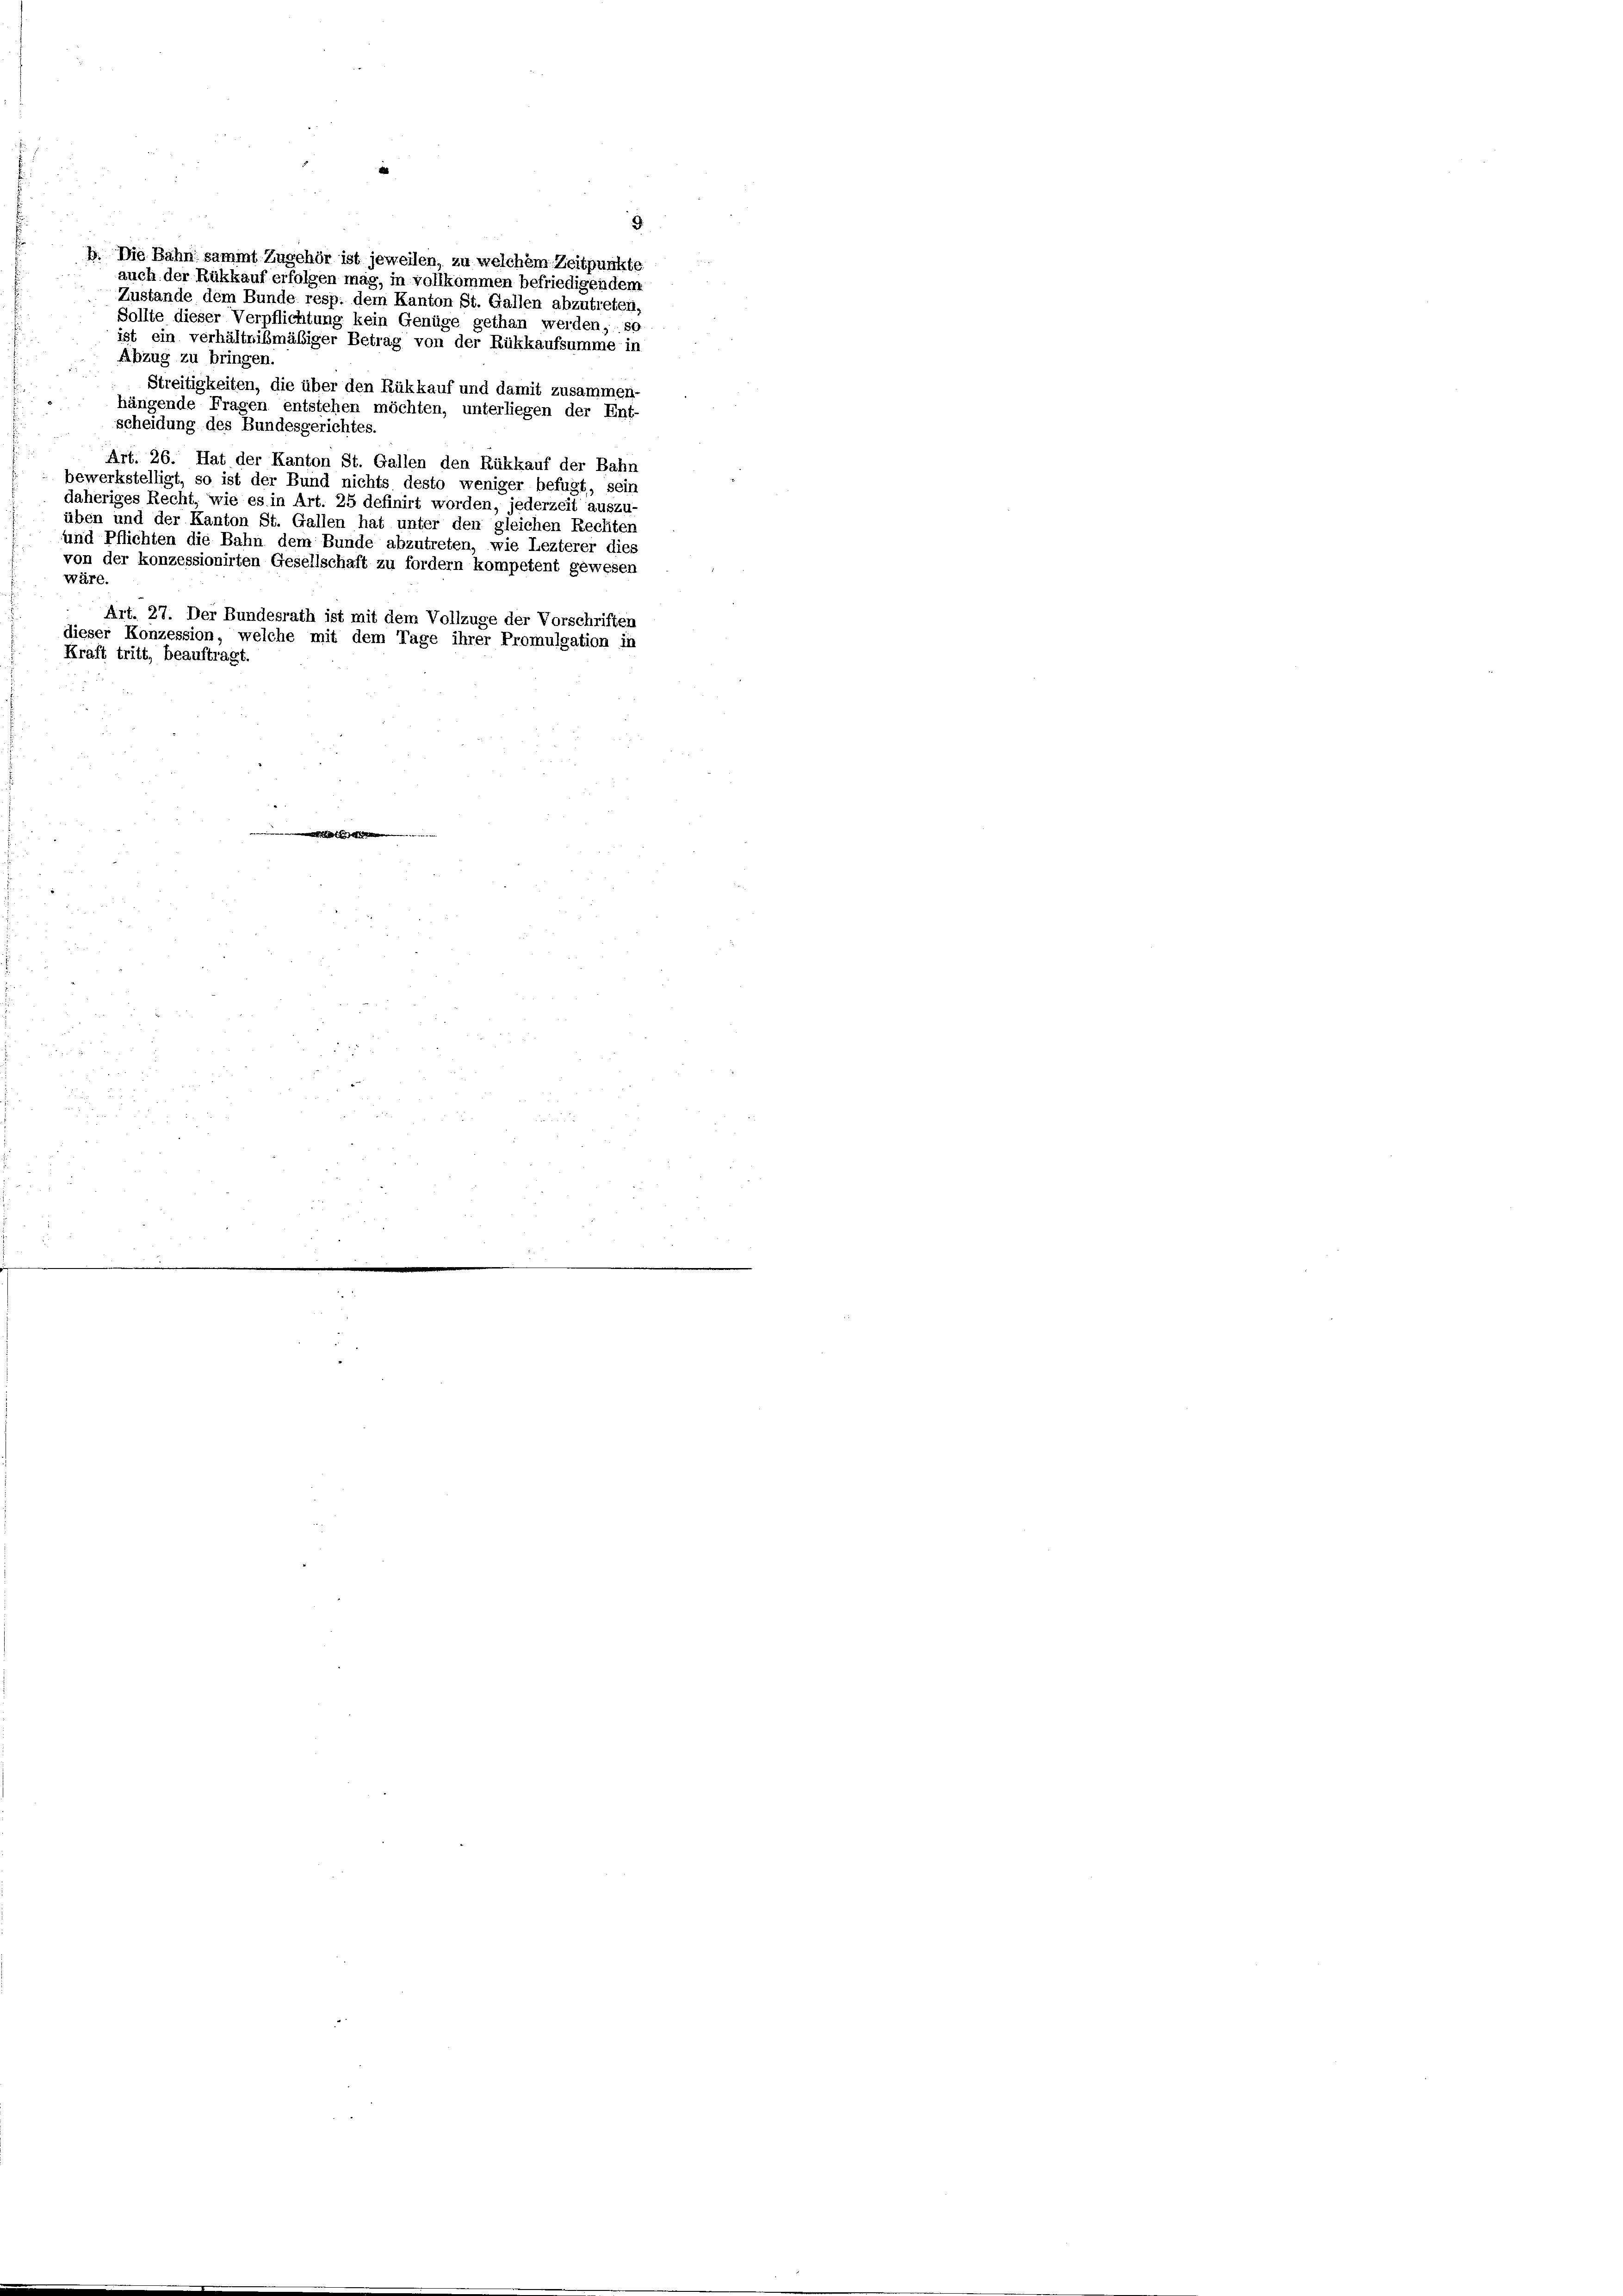
Sollte dieser Verpflichtung kein Genüge gethan werden, so
ist ein verhältnißmäßiger Betrag von der Rükkaufsumme in
Abzug zu bringen.
Streitigkeiten, die über den Rükkauf und damit zusammen
hängende Fragen entstehen möchten, unterliegen der Ent-
scheidung des Bundesgerichtes.
Art. 26. Hat der Kanton St. Gallen den Rükkauf der Bahn
bewerkstelligt, so ist der Bund nichts desto weniger befugt, sein
daheriges Recht, wie es in Art. 25 definirt worden, jederzeit auszu-
üben und der Kanton St. Gallen hat unter den gleichen Rechten
und Pflichten die Bahn dem Bunde abzutreten, wie Lezterer dies
von der konzessionirten Gesellschaft zu fordern kompetent gewesen
wäre.
Art. 27. Der Bundesrath ist mit dem Vollzuge der Vorschriften
dieser Konzession, welche mit dem Tage ihrer Promulgation in
Kraft tritt, beauftragt.

b. Die Bahn sammt Zugehör ist jeweilen, zu welchem Zeitpunkte
auch der Rükkauf erfolgen mag, in vollkommen befriedigendem
Zustande dem Bunde resp. dem Kanton St. Gallen abzutreten